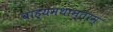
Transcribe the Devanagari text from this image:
बाह्यमथान्तरम्